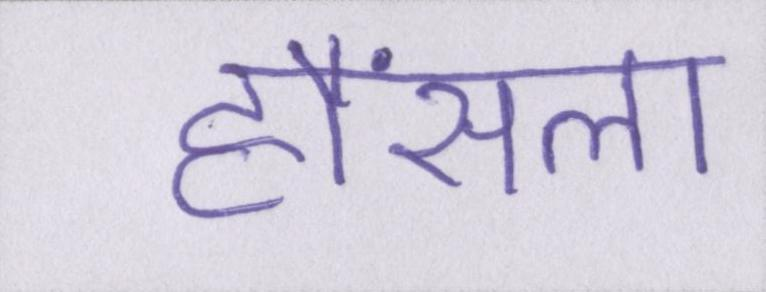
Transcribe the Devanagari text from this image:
हौंसला